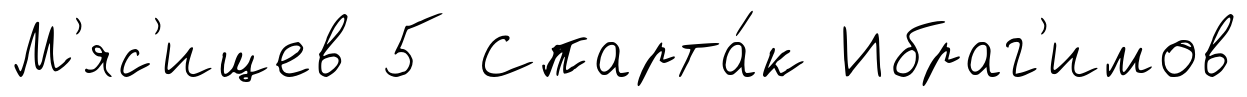
М'яс'ищев 5 Спарта́к Ибраг'имов